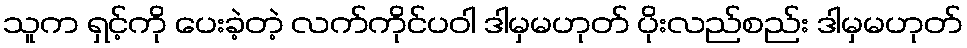
သူက ရှင့်ကို ပေးခဲ့တဲ့ လက်ကိုင်ပဝါ ဒါမှမဟုတ် ပိုးလည်စည်း ဒါမှမဟုတ်